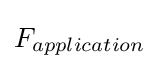
F_{application}